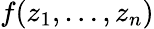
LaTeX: f(z_{1},\ldots,z_{n})